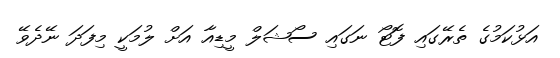
އަޅުކަމުގެ ތެރޭގައި ފޮޓޯ ނަގައި ސޯޝަލް މީޑިއާ އަށް ލުމަކީ މިފަދަ ނޭދެވޭ